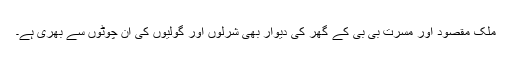
ملک مقصود اور مسرت بی بی کے گھر کی دیوار بھی شرلوں اور گولیوں کی ان چوٹوں سے بھری ہے۔